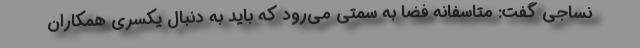
نساجی گفت: متاسفانه فضا به سمتی می‌رود که باید به دنبال یکسری همکاران